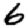
Digit: 6